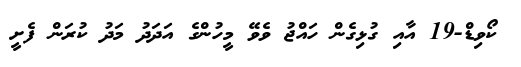
ކޯވިޑް-19 އާއި ގުޅިގެން ހައްޖު ވެވޭ މީހުންގެ އަދަދު މަދު ކުރަން ފެށީ